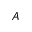
_ A